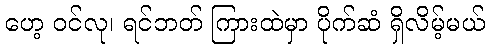
ဟေ့ ဝင်လု၊ ရင်ဘတ် ကြားထဲမှာ ပိုက်ဆံ ရှိလိမ့်မယ်